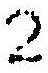
2